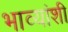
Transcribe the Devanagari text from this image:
भाव्यांशी